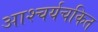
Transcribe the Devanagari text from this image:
आश्‍चर्यचकित